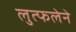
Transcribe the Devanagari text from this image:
लुत्फलेने